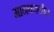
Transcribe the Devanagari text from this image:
मानवचलीत